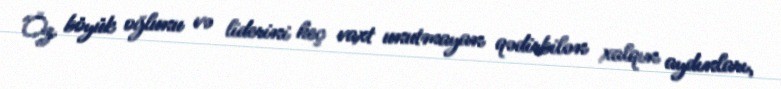
Öz böyük oğlunu və liderini heç vaxt unutmayan qədirbilən xalqın aydınları,